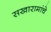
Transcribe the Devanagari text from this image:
सखारामांचे